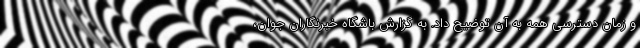
و زمان دسترسی همه به آن توضیح داد. به گزارش باشگاه خبرنگاران جوان،